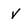
Character: v